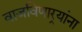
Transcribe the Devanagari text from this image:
वाजविणार्‍यांना